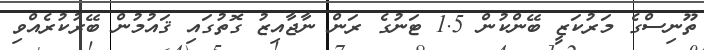
ތޫނިސްގެ މަރުކަޒީ ބޭންކުން 1.5 ޓަނުގެ ރަން ނާޖާއިޒު ގޮތުގައި ޤައުމުން ބޭރުކުރެއްވި